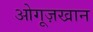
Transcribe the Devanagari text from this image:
ओगूज़खान